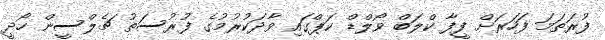
ފުރަތަމަ ފަހަރަށް ފީފާ ކްލަބް ވޯލްޑް ކަޕްގައި ވާދަކުރުމުގެ ފުރުސަތު ޗެލްސީން ހޯދީ